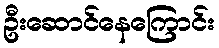
ဦးဆောင်နေကြောင်း